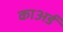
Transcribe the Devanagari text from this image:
काअर्ड